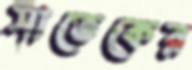
সাতেকের